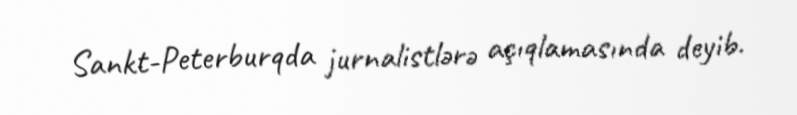
Sankt-Peterburqda jurnalistlərə açıqlamasında deyib.